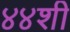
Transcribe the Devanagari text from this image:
४४शी